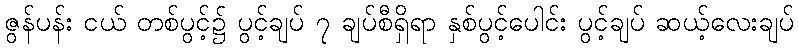
ဇွန်ပန်း ငယ် တစ်ပွင့်၌ ပွင့်ချပ် ၇ ချပ်စီရှိရာ နှစ်ပွင့်ပေါင်း ပွင့်ချပ် ဆယ့်လေးချပ်